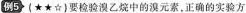
例5 (★★☆ )要检验溴乙烷中的溴元素，正确的实验方